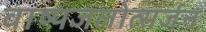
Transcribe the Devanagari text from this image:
वाष्पजलोत्सर्जन